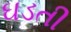
ઘડતી